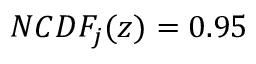
N C D F _ { j } ( z ) = 0 . 9 5